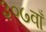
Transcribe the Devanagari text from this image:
३०७वाँ